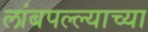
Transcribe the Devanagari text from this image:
लांबपल्ल्याच्या